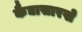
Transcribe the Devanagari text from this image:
कैद्यासारखे